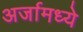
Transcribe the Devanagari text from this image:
अर्जामध्ये